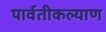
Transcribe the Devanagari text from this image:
पार्वतीकल्याण